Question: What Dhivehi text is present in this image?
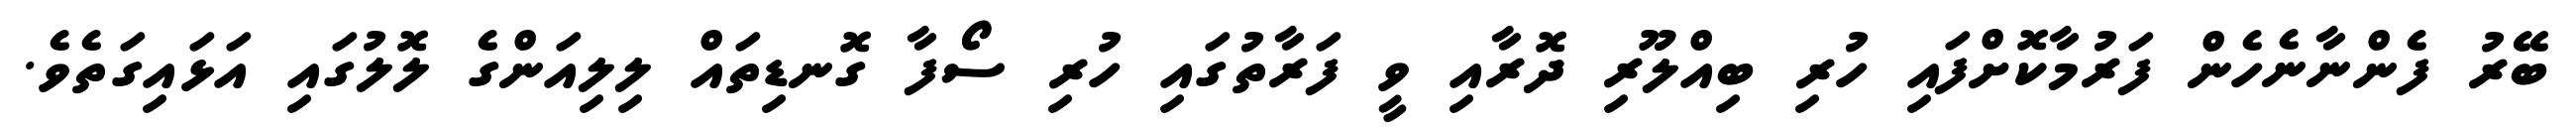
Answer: ބޭރު ފެންނާނެހެން ފަރުމާކޮށްފައި ހުރި ބިއްލޫރި ދޮރާއި ވީ ފަރާތުގައި ހުރި ސޯފާ ގޮނޑިތައް ލިލިއަންގެ ލޮލުގައި އަޅައިގަތެވެ.